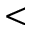
<